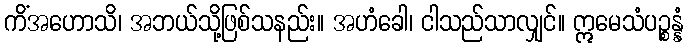
ကိံအဟောသိ၊ အဘယ်သို့ဖြစ်သနည်း။ အဟံခေါ၊ ငါသည်သာလျှင်။ ဣမေသံပဉ္စန္နံ